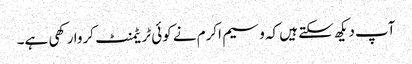
آپ دیکھ سکتے ہیں کہ وسیم اکرم نے کوئی ٹریٹمنٹ کروا رکھی ہے۔